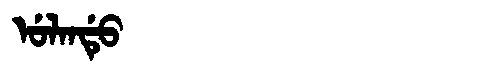
Manchu: ᡠᠯᠠᠨᡩᡠ
Romanization: ULANDU